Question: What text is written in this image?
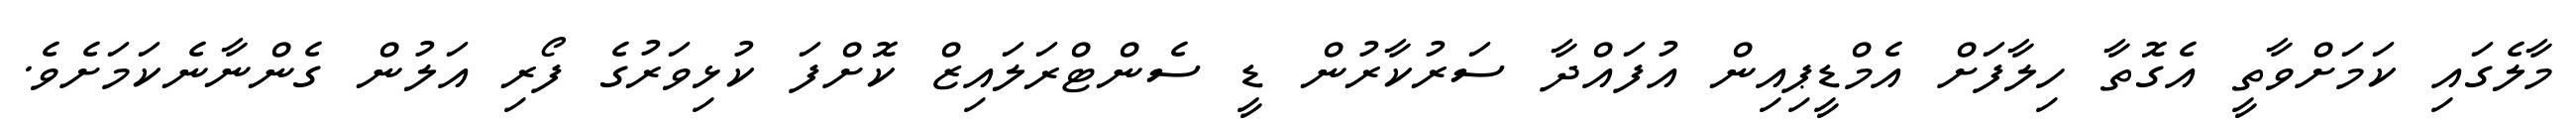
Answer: މާލެގައި ކަމަށްވާތީ އެގޮތާ ހިލާފަށް އެމްޑީޕިއިން އުފައްދާ ސަރުކާރުން ޑީ ސެންޓްރަލައިޒް ކޮށްފަ ކުޅިވަރުގެ ފޯރި އަލުން ގެންނާނެކަމަށެވެ.